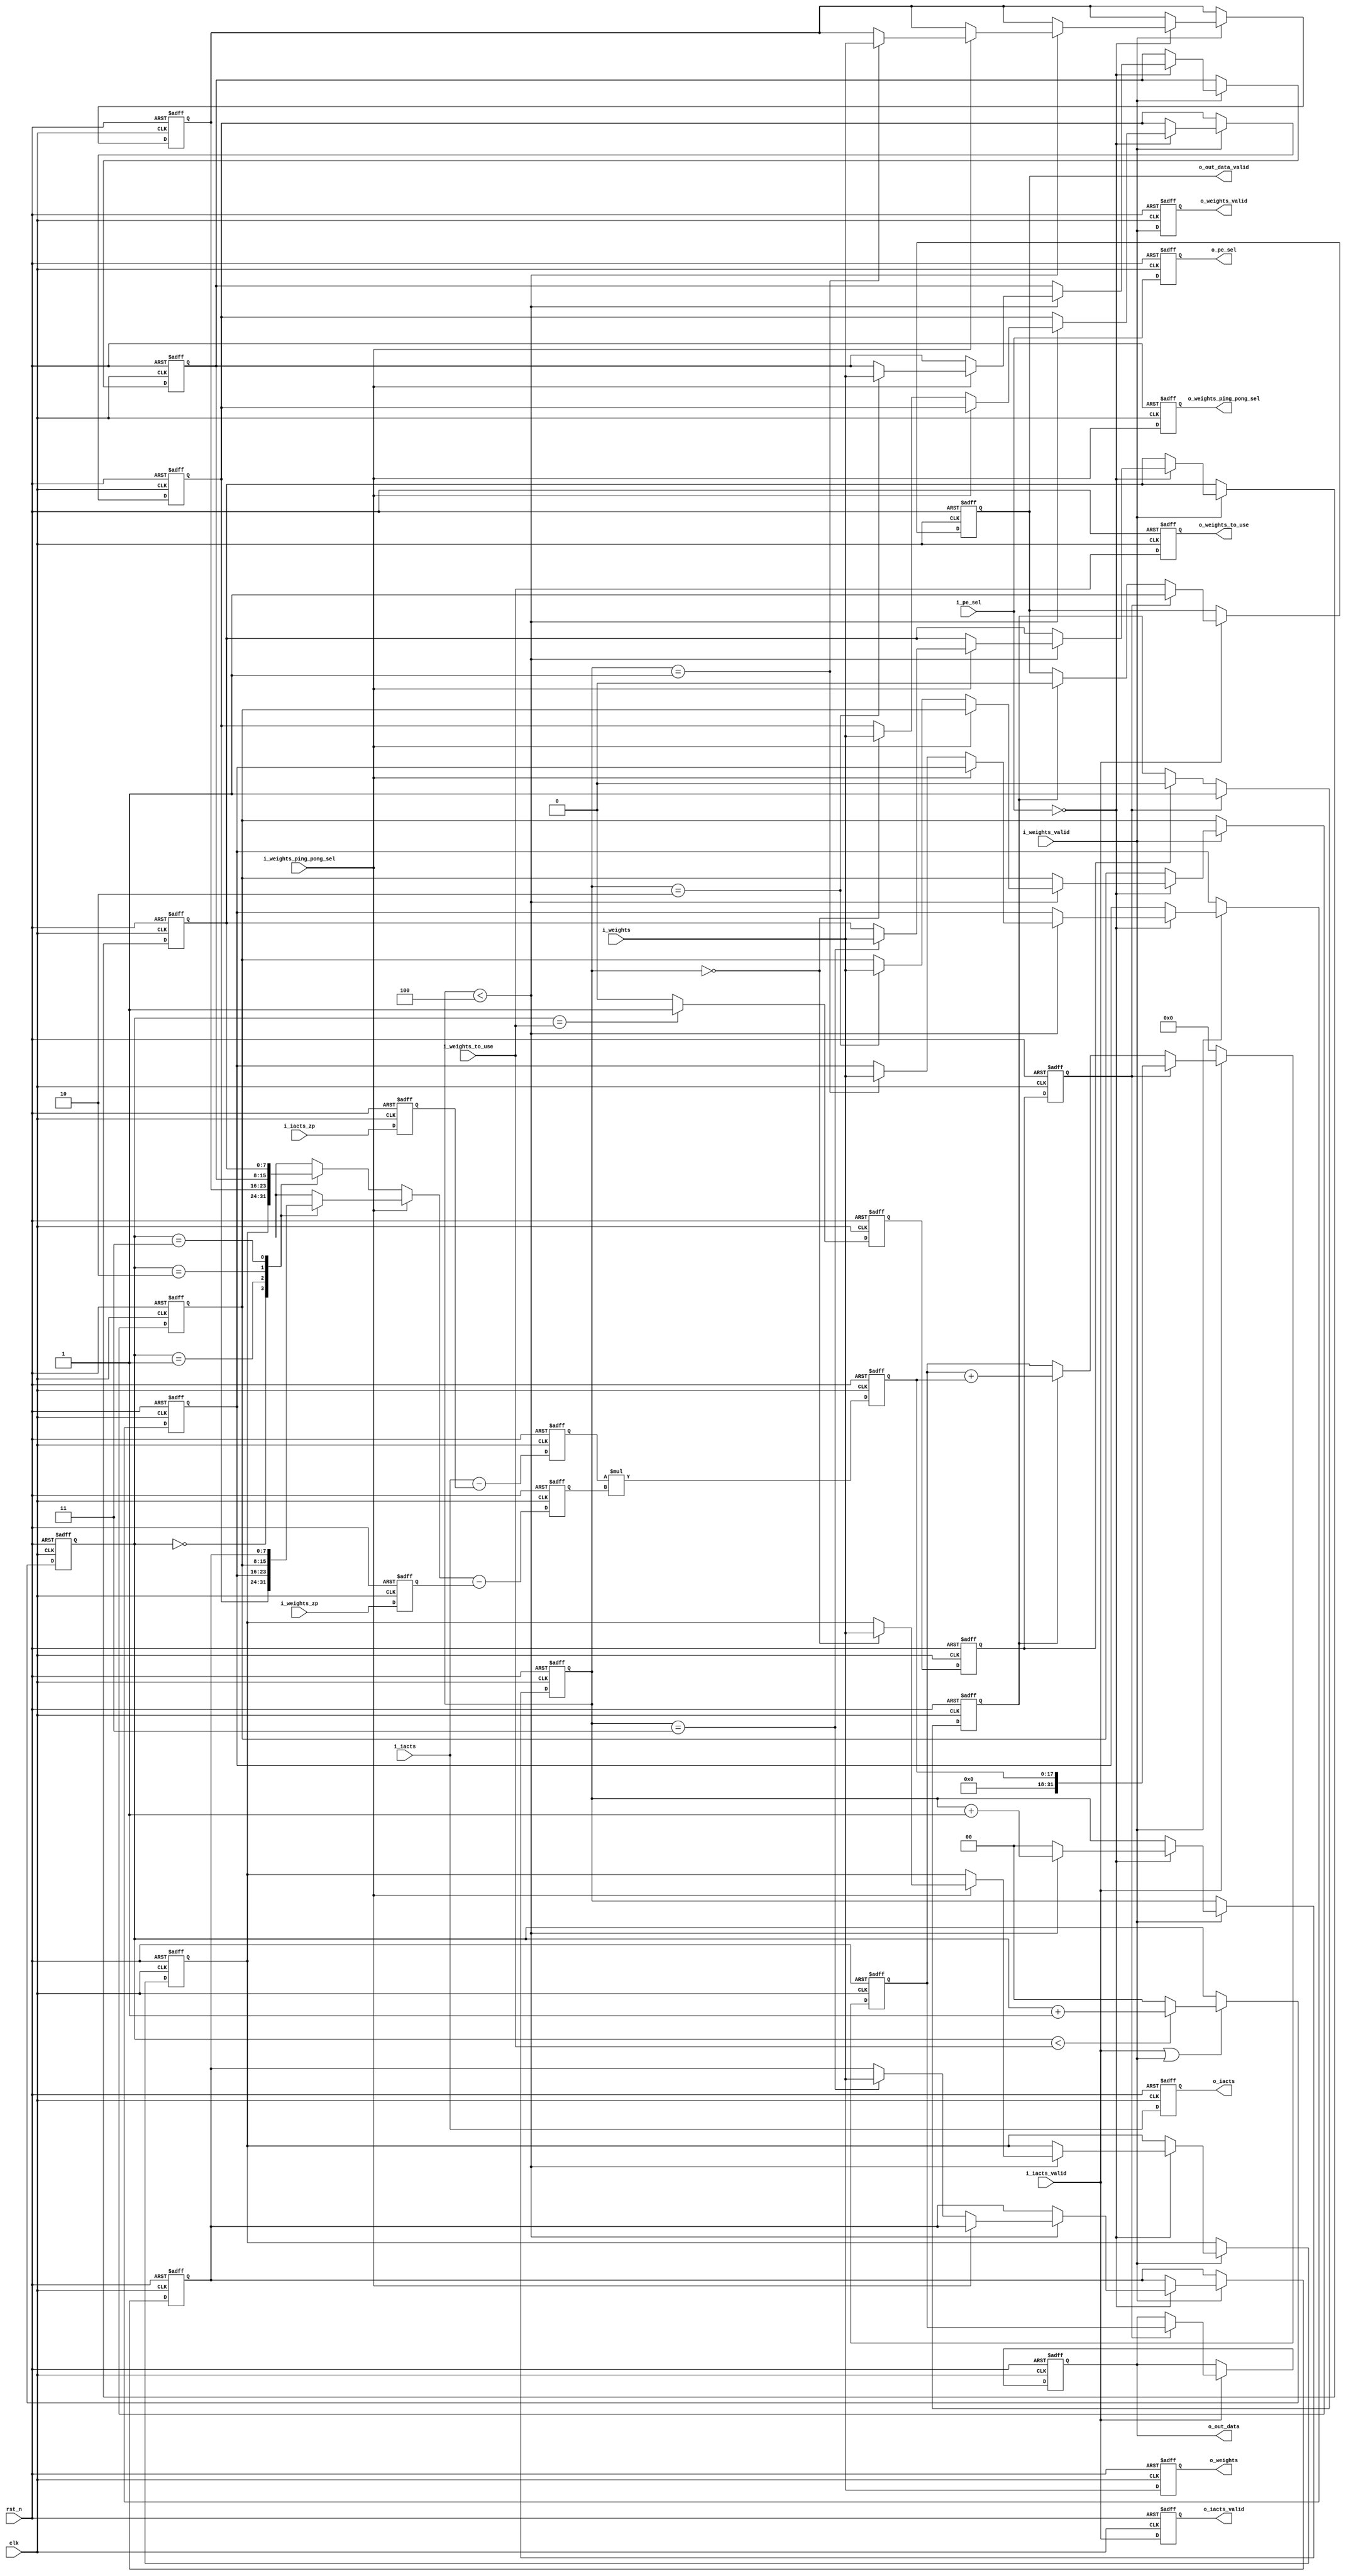
/******************************************************************************
Copyright (c) 

Permission is hereby granted, free of charge, to any person obtaining a copy
of this software and associated documentation files (the "Software"), to deal
in the Software without restriction, including without limitation the rights
to use, copy, modify, merge, publish, distribute, sublicense, and/or sell
copies of the Software, and to permit persons to whom the Software is
furnished to do so, subject to the following conditions:

The above copyright notice and this permission notice shall be included in all
copies or substantial portions of the Software.

THE SOFTWARE IS PROVIDED "AS IS", WITHOUT WARRANTY OF ANY KIND, EXPRESS OR
IMPLIED, INCLUDING BUT NOT LIMITED TO THE WARRANTIES OF MERCHANTABILITY,
FITNESS FOR A PARTICULAR PURPOSE AND NONINFRINGEMENT. IN NO EVENT SHALL THE
AUTHORS OR COPYRIGHT HOLDERS BE LIABLE FOR ANY CLAIM, DAMAGES OR OTHER
LIABILITY, WHETHER IN AN ACTION OF CONTRACT, TORT OR OTHERWISE, ARISING FROM,
OUT OF OR IN CONNECTION WITH THE SOFTWARE OR THE USE OR OTHER DEALINGS IN THE
SOFTWARE.

*******************************************************************************/
/*
    Top Module:  Feather NEST's PE
    Data:        Only data width matters.
    Format:      keeping the input format unchanged
    Timing:      Sequential Logic
    Reset:       Asynchronized Reset [Low Reset]

    Function:    MAC Unit of the Feather
*/

`timescale 1ns / 1ps

module feather_pe #(
    parameter THIS_PE_ID            = 0 ,   //  ID/Sel for this PE
    parameter IACTS_DATA_WIDTH      = 8 ,   //  Iacts data width
    parameter WEIGHTS_DATA_WIDTH    = 8 ,   //  Weights data width
    parameter WEIGHTS_DEPTH         = 4 ,   //  depth of the PE's internal weights local buffer
    parameter LOG2_WEIGHTS_DEPTH    = 2 ,   //  Log2 of WEIGHTS_DEPTH for address register
    parameter PE_SEL_WIDTH          = 2 ,   //  Log2 of WEIGHTS_DEPTH for address register
    parameter PE_OUTPUT_WIDTH       = 32    //  Width of PE output

)(
    // timing signals
    clk,
    rst_n,

    // data signals
    i_iacts,                                        //  Iacts data
    i_iacts_valid,                                  //  Iacts data valid to register the data and control flow
    i_weights,                                      //  Weights data
    i_weights_valid,                                //  Weights data valid to register the data and control flow
    i_iacts_zp,                                     //  Iacts Zero Point
    i_weights_zp,                                   //  Weights Zero Point

    // control signals for localbuffer+pe operation
    i_weights_ping_pong_sel,                        //  Weights internal Ping-pong buffer selection
    i_pe_sel,                                       //  PE selection/Enable
    i_weights_to_use,                               //  Total number of weights that are to be used
    o_weights_ping_pong_sel,                        //  registered output of i_weights_ping_pong_sel, to next PE
    o_pe_sel,                                       //  registered output of i_pe_sel, to next PE
    o_weights_to_use,                               //  registered output of i_weights_to_use, to next PE

    o_iacts,                                        //  registered output of i_iacts, to next PE
    o_iacts_valid,                                  //  registered output of i_iacts_valid, to next PE
    o_weights,                                      //  registered output of i_weights, to next PE
    o_weights_valid,                                //  registered output of i_weights_valid, to next PE

    o_out_data,                                     //  Computed PE output
    o_out_data_valid                                //  data valid for the PE output
);


    /*
        ports
    */
    input                                   clk;
    input                                   rst_n;
    input    [IACTS_DATA_WIDTH   -1: 0]     i_iacts;
    input                                   i_iacts_valid;
    input    [WEIGHTS_DATA_WIDTH -1: 0]     i_weights;
    input                                   i_weights_valid;
    input    [IACTS_DATA_WIDTH   -1: 0]     i_iacts_zp;
    input    [WEIGHTS_DATA_WIDTH -1: 0]     i_weights_zp;

    input                                   i_weights_ping_pong_sel;
    input   [PE_SEL_WIDTH        -1: 0]     i_pe_sel;
    input   [LOG2_WEIGHTS_DEPTH  -1: 0]     i_weights_to_use;
    output                                  o_weights_ping_pong_sel;
    output  [PE_SEL_WIDTH        -1: 0]     o_pe_sel;
    output  [LOG2_WEIGHTS_DEPTH  -1: 0]     o_weights_to_use;

    output  [IACTS_DATA_WIDTH    -1: 0]     o_iacts;
    output                                  o_iacts_valid;
    output  [WEIGHTS_DATA_WIDTH  -1: 0]     o_weights;
    output                                  o_weights_valid;
    output  [PE_OUTPUT_WIDTH     -1: 0]     o_out_data;
    output                                  o_out_data_valid;

    /*
        inner logics
    */
    reg     [IACTS_DATA_WIDTH                               -1: 0]      r_i_iacts_zp;
    reg     [WEIGHTS_DATA_WIDTH                             -1: 0]      r_i_weights_zp;
    reg     [WEIGHTS_DATA_WIDTH                             -1: 0]      r_local_weights_buffer_ping[WEIGHTS_DEPTH-1:0];
    reg     [WEIGHTS_DATA_WIDTH                             -1: 0]      r_local_weights_buffer_pong[WEIGHTS_DEPTH-1:0];
    reg     [LOG2_WEIGHTS_DEPTH                             -1: 0]      r_weights_wr_cntr;
    reg     [PE_OUTPUT_WIDTH                                -1: 0]      r_sum;
    reg                                                                 r_weights_ping_pong_sel;
    reg     [PE_SEL_WIDTH                                   -1: 0]      r_pe_sel;
    reg     [LOG2_WEIGHTS_DEPTH                             -1: 0]      r_weights_sel_for_iacts_use;
    reg     [LOG2_WEIGHTS_DEPTH                             -1: 0]      r_weights_to_use;
    reg     [IACTS_DATA_WIDTH                               -1: 0]      r_iacts;
    reg                                                                 r_iacts_valid;
    reg     [WEIGHTS_DATA_WIDTH                             -1: 0]      r_weights;
    reg                                                                 r_weights_valid;
    reg     [PE_OUTPUT_WIDTH                                -1: 0]      r_out_data;

    wire    [IACTS_DATA_WIDTH                               -1: 0]      w_iacts;
    wire    [WEIGHTS_DATA_WIDTH                             -1: 0]      w_selected_weight;
    reg     [WEIGHTS_DATA_WIDTH                             -1: 0]      r_selected_weight;
    wire    [IACTS_DATA_WIDTH  +1                           -1: 0]      w_iacts_sub_zp;
    reg     [IACTS_DATA_WIDTH  +1                           -1: 0]      r_iacts_sub_zp;
    wire    [WEIGHTS_DATA_WIDTH+1                           -1: 0]      w_weights_sub_zp;
    reg     [WEIGHTS_DATA_WIDTH+1                           -1: 0]      r_weights_sub_zp;
    wire    [WEIGHTS_DATA_WIDTH  + IACTS_DATA_WIDTH + 2     -1: 0]      w_mul_iacts_weights;
    reg     [WEIGHTS_DATA_WIDTH  + IACTS_DATA_WIDTH + 2     -1: 0]      r_mul_iacts_weights;
    reg                                                                 r_weight_sel_and_use_is_equal_del_for_reg_weight_sel;
    reg                                                                 r_weight_sel_and_use_is_equal_del_for_reg_zub_zp    ;
    reg                                                                 r_output_ready                                      ;
    reg                                                                 r_next_sum_in_prog                                  ;
    reg                                                                 r_out_data_valid                                    ;

    integer i;
    /*
        register the iacts, weights, zp data
        store and forward the iacts, weights and generate valids
    */
    always @(posedge clk or negedge rst_n)
    begin
        if(!rst_n)
        begin
            r_iacts                         <=  0;
            r_weights                       <=  0;
            r_weights_wr_cntr               <=  0;
            r_weights_ping_pong_sel         <=  0;
            r_pe_sel                        <=  0;
            r_weights_to_use                <=  0;
            r_weights_sel_for_iacts_use     <=  0;
            r_iacts_valid                   <=  0;
            r_weights_valid                 <=  0;

            for (i=0; i<WEIGHTS_DEPTH; i=i+1)
            begin
                r_local_weights_buffer_ping[i]   <= 0;
                r_local_weights_buffer_pong[i]   <= 0;
            end
        end
        else
        begin

            r_iacts_valid               <=  i_iacts_valid;
            r_iacts                     <=  i_iacts;
            r_weights_to_use            <=  i_weights_to_use;

            r_weights_valid             <=  i_weights_valid;
            r_weights                   <=  i_weights;
            r_weights_ping_pong_sel     <=  i_weights_ping_pong_sel;
            r_pe_sel                    <=  i_pe_sel;

            // to track the weight being used for multiplication
            if((i_iacts_valid == 1) | (i_weights_valid == 1))
            begin
                if(r_weights_sel_for_iacts_use < i_weights_to_use)
                begin
                    r_weights_sel_for_iacts_use <=  r_weights_sel_for_iacts_use + 1;
                end
                else
                begin
                    r_weights_sel_for_iacts_use <=  0;
                end
            end

            if(i_weights_valid == 1)
            begin
                if(i_pe_sel == THIS_PE_ID)
                begin
                    if(r_weights_wr_cntr < WEIGHTS_DEPTH)
                    begin
                        if(i_weights_ping_pong_sel == 0)
                        begin
                            r_local_weights_buffer_ping[r_weights_wr_cntr] <=  i_weights;
                        end
                        else
                        begin
                            r_local_weights_buffer_pong[r_weights_wr_cntr] <=  i_weights;
                        end
                        r_weights_wr_cntr   <=  r_weights_wr_cntr + 1;
                    end
                    else
                    begin
                        r_weights_wr_cntr   <=  0;
                    end
                end

            end
        end
    end



    /*
        MAC for the weights and iacts logic
    */
    assign  w_iacts = i_iacts;

    assign w_selected_weight                    =   (i_weights_ping_pong_sel == 1)  ?   r_local_weights_buffer_ping[r_weights_sel_for_iacts_use]
                                                                                    :   r_local_weights_buffer_pong[r_weights_sel_for_iacts_use];

    assign w_iacts_sub_zp                       =   {1'b0,w_iacts} - {1'b0,r_i_iacts_zp};
    assign w_weights_sub_zp                     =   {1'b0,w_selected_weight} - {1'b0,r_i_weights_zp};
    assign w_mul_iacts_weights                  =   r_iacts_sub_zp * r_weights_sub_zp;

    assign w_weight_sel_and_use_is_equal        =   (r_weights_sel_for_iacts_use == i_weights_to_use)   ?   1'b1
                                                                                                        :   1'b0;
    always @(posedge clk or negedge rst_n)
    begin
        if(!rst_n)
        begin
            r_out_data                                              <=  0;
            r_sum                                                   <=  0;
            r_i_iacts_zp                                            <=  0;
            r_i_weights_zp                                          <=  0;
            r_mul_iacts_weights                                     <=  0;
            r_iacts_sub_zp                                          <=  0;
            r_weights_sub_zp                                        <=  0;
            r_selected_weight                                       <=  0;
            r_weight_sel_and_use_is_equal_del_for_reg_weight_sel    <=  0;
            r_weight_sel_and_use_is_equal_del_for_reg_zub_zp        <=  0;
            r_output_ready                                          <=  0;
            r_next_sum_in_prog                                      <=  0;
            r_out_data_valid                                        <=  0;
        end
        else
        begin
            r_i_iacts_zp                <=  i_iacts_zp;
            r_i_weights_zp              <=  i_weights_zp;
            r_selected_weight           <=  w_selected_weight;

            r_iacts_sub_zp              <=  w_iacts_sub_zp;
            r_weights_sub_zp            <=  w_weights_sub_zp;

            r_mul_iacts_weights         <=  w_mul_iacts_weights;

            if(r_output_ready)
            begin
                r_next_sum_in_prog  <=  1;
            end
            else if(r_weight_sel_and_use_is_equal_del_for_reg_zub_zp)
            begin
                r_next_sum_in_prog  <=  0;
            end

            r_weight_sel_and_use_is_equal_del_for_reg_weight_sel    <=   w_weight_sel_and_use_is_equal;
            r_weight_sel_and_use_is_equal_del_for_reg_zub_zp        <=   r_weight_sel_and_use_is_equal_del_for_reg_weight_sel;
            r_output_ready                                          <=   r_weight_sel_and_use_is_equal_del_for_reg_zub_zp;

            if(i_iacts_valid==0)
            begin
                r_sum                   <=  0;  //  flushing the previous sum
            end
            else
            begin

                if( r_output_ready)
                begin
                    r_out_data          <=  r_sum;                              //  sending the sum to output
                    r_sum               <=  r_mul_iacts_weights;                //  flushing the previous sum by overwriting with new product
                    r_out_data_valid    <=  1;
                end
                else if(r_next_sum_in_prog)
                begin
                    r_sum               <=  r_sum + r_mul_iacts_weights;        // MAC
                    r_out_data_valid    <=  0;
                end
            end

        end
    end


    assign  o_out_data_valid            =   r_out_data_valid        ;
    assign  o_weights_ping_pong_sel     =   r_weights_ping_pong_sel ;
    assign  o_pe_sel                    =   r_pe_sel                ;
    assign  o_weights_to_use            =   r_weights_to_use        ;
    assign  o_iacts                     =   r_iacts                 ;
    assign  o_iacts_valid               =   r_iacts_valid           ;
    assign  o_weights                   =   r_weights               ;
    assign  o_weights_valid             =   r_weights_valid         ;
    assign  o_out_data                  =   r_out_data              ;

endmodule